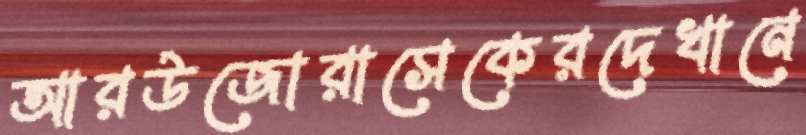
আরউজোরাসেকেরদেখানে